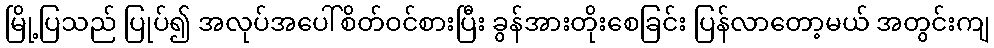
မြို့ပြသည် ပြုပ်၍ အလုပ်အပေါ်စိတ်ဝင်စားပြီး ခွန်အားတိုးစေခြင်း ပြန်လာတော့မယ် အတွင်းကျ